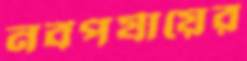
নবপর্যায়ের